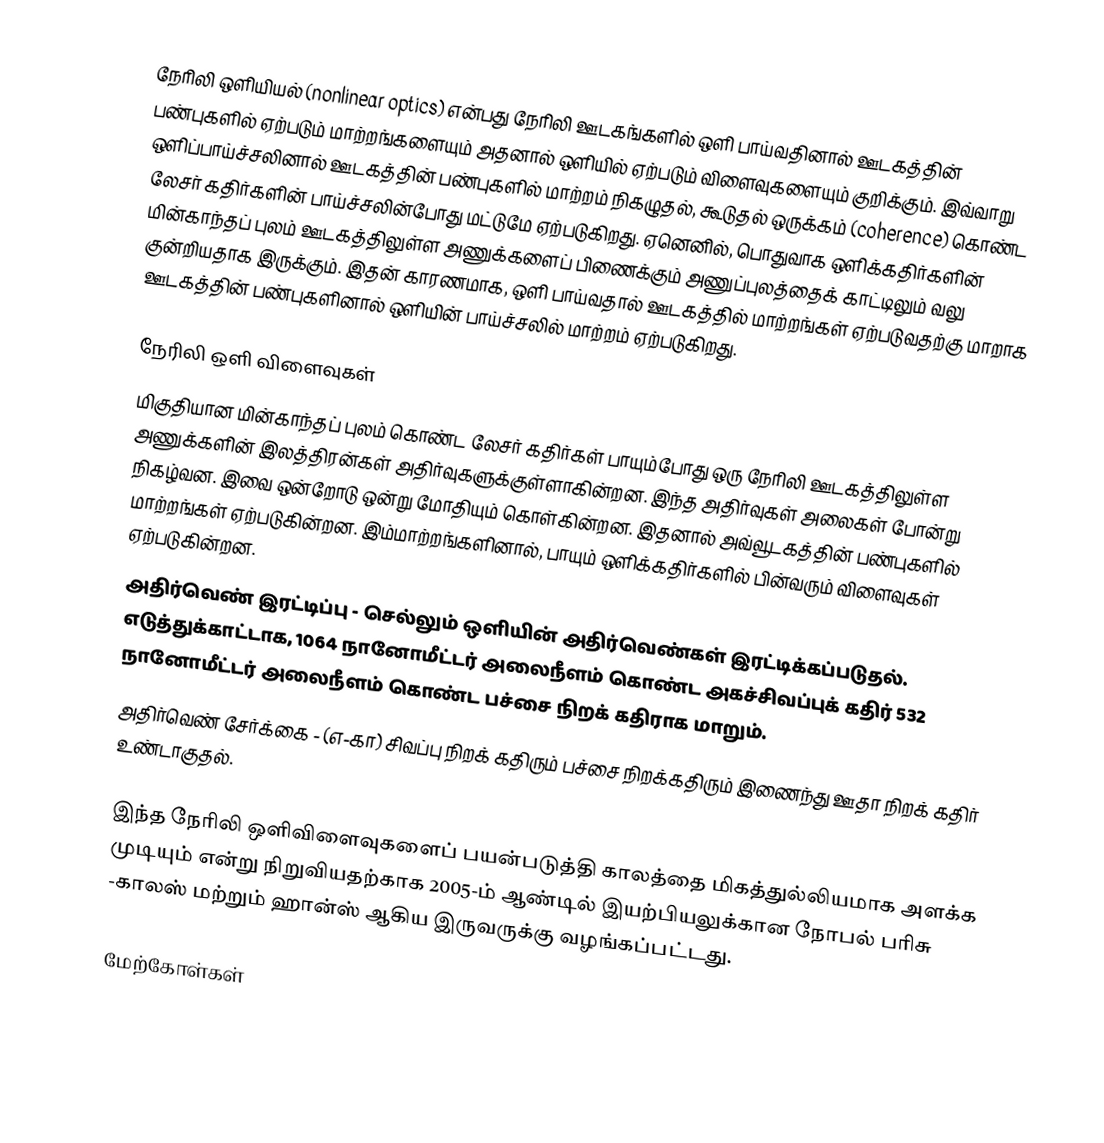
நேரிலி ஒளியியல் (nonlinear optics) என்பது நேரிலி ஊடகங்களில் ஒளி பாய்வதினால் ஊடகத்தின் பண்புகளில் ஏற்படும் மாற்றங்களையும் அதனால் ஒளியில் ஏற்படும் விளைவுகளையும் குறிக்கும். இவ்வாறு ஒளிப்பாய்ச்சலினால் ஊடகத்தின் பண்புகளில் மாற்றம் நிகழுதல், கூடுதல் ஒருக்கம் (coherence) கொண்ட லேசர் கதிர்களின் பாய்ச்சலின்போது மட்டுமே ஏற்படுகிறது. ஏனெனில், பொதுவாக ஒளிக்கதிர்களின் மின்காந்தப் புலம் ஊடகத்திலுள்ள அணுக்களைப் பிணைக்கும் அணுப்புலத்தைக் காட்டிலும் வலு குன்றியதாக இருக்கும். இதன் காரணமாக, ஒளி பாய்வதால் ஊடகத்தில் மாற்றங்கள் ஏற்படுவதற்கு மாறாக ஊடகத்தின் பண்புகளினால் ஒளியின் பாய்ச்சலில் மாற்றம் ஏற்படுகிறது.

நேரிலி ஒளி விளைவுகள்
மிகுதியான மின்காந்தப் புலம் கொண்ட லேசர் கதிர்கள் பாயும்போது ஒரு நேரிலி ஊடகத்திலுள்ள அணுக்களின் இலத்திரன்கள் அதிர்வுகளுக்குள்ளாகின்றன. இந்த அதிர்வுகள் அலைகள் போன்று நிகழ்வன. இவை ஒன்றோடு ஒன்று மோதியும் கொள்கின்றன. இதனால் அவ்வூடகத்தின் பண்புகளில் மாற்றங்கள் ஏற்படுகின்றன. இம்மாற்றங்களினால், பாயும் ஒளிக்கதிர்களில் பின்வரும் விளைவுகள் ஏற்படுகின்றன.
 அதிர்வெண் இரட்டிப்பு - செல்லும் ஒளியின் அதிர்வெண்கள் இரட்டிக்கப்படுதல். எடுத்துக்காட்டாக, 1064 நானோமீட்டர் அலைநீளம் கொண்ட அகச்சிவப்புக் கதிர் 532 நானோமீட்டர் அலைநீளம் கொண்ட பச்சை நிறக் கதிராக மாறும்.
 அதிர்வெண் சேர்க்கை - (எ-கா) சிவப்பு நிறக் கதிரும் பச்சை நிறக்கதிரும் இணைந்து ஊதா நிறக் கதிர் உண்டாகுதல்.

இந்த நேரிலி ஒளிவிளைவுகளைப் பயன்படுத்தி காலத்தை மிகத்துல்லியமாக அளக்க முடியும் என்று நிறுவியதற்காக 2005-ம் ஆண்டில் இயற்பியலுக்கான நோபல் பரிசு -காலஸ் மற்றும் ஹான்ஸ் ஆகிய இருவருக்கு வழங்கப்பட்டது.

மேற்கோள்கள்